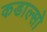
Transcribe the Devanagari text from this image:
कडाल्सो